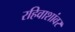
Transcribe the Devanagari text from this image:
रहिवाशांवर